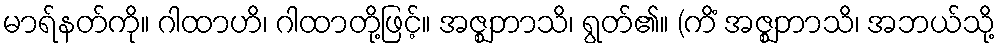
မာရ်နတ်ကို။ ဂါထာဟိ၊ ဂါထာတို့ဖြင့်။ အဇ္ဈဘာသိ၊ ရွတ်၏။ (ကိံ အဇ္ဈဘာသိ၊ အဘယ်သို့